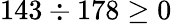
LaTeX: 143\div 178\geq 0